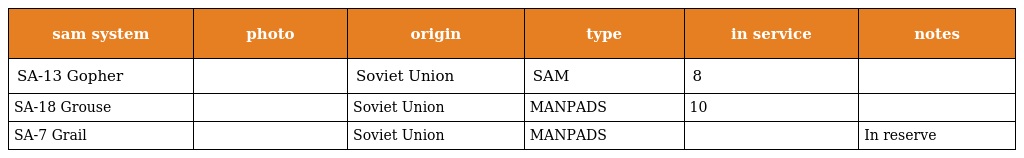
| sam system | photo | origin | type | in service | notes |
 | --- | --- | --- | --- | --- | --- |
 | SA-13 Gopher |  | Soviet Union | SAM | 8 |  |
 | SA-18 Grouse |  | Soviet Union | MANPADS | 10 |  |
 | SA-7 Grail |  | Soviet Union | MANPADS |  | In reserve |